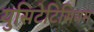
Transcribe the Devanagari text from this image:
युसिटेटिसियम